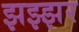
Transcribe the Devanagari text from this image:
झझ्झर